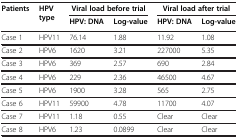
<table><thead><tr><td><b>Patients</b></td><td><b>HPV type</b></td><td colspan="2"><b>Viral load before trial</b></td><td colspan="2"><b>Viral load after trial</b></td></tr><tr><td><b> </b></td><td><b> </b></td><td><b>HPV: DNA</b></td><td><b>Log-value</b></td><td><b>HPV: DNA</b></td><td><b>Log-value</b></td></tr></thead><tbody><tr><td>Case 1</td><td>HPV11</td><td>76.14</td><td>1.88</td><td>11.92</td><td>1.08</td></tr><tr><td>Case 2</td><td>HPV6</td><td>1620</td><td>3.21</td><td>227000</td><td>5.35</td></tr><tr><td>Case 3</td><td>HPV6</td><td>369</td><td>2.57</td><td>690</td><td>2.84</td></tr><tr><td>Case 4</td><td>HPV6</td><td>229</td><td>2.36</td><td>46500</td><td>4.67</td></tr><tr><td>Case 5</td><td>HPV6</td><td>1900</td><td>3.28</td><td>565</td><td>2.75</td></tr><tr><td>Case 6</td><td>HPV11</td><td>59900</td><td>4.78</td><td>11700</td><td>4.07</td></tr><tr><td>Case 7</td><td>HPV11</td><td>1.18</td><td>0.55</td><td>Clear</td><td>Clear</td></tr><tr><td>Case 8</td><td>HPV6</td><td>1.23</td><td>0.0899</td><td>Clear</td><td>Clear</td></tr></tbody></table>